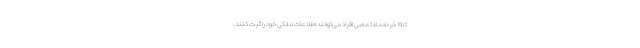
تا ۱۹ خردادماه تمامی افراد می‌توانند اطلاعات ملکی خود را ثبت کنند.